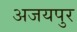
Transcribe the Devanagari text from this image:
अजयपुर